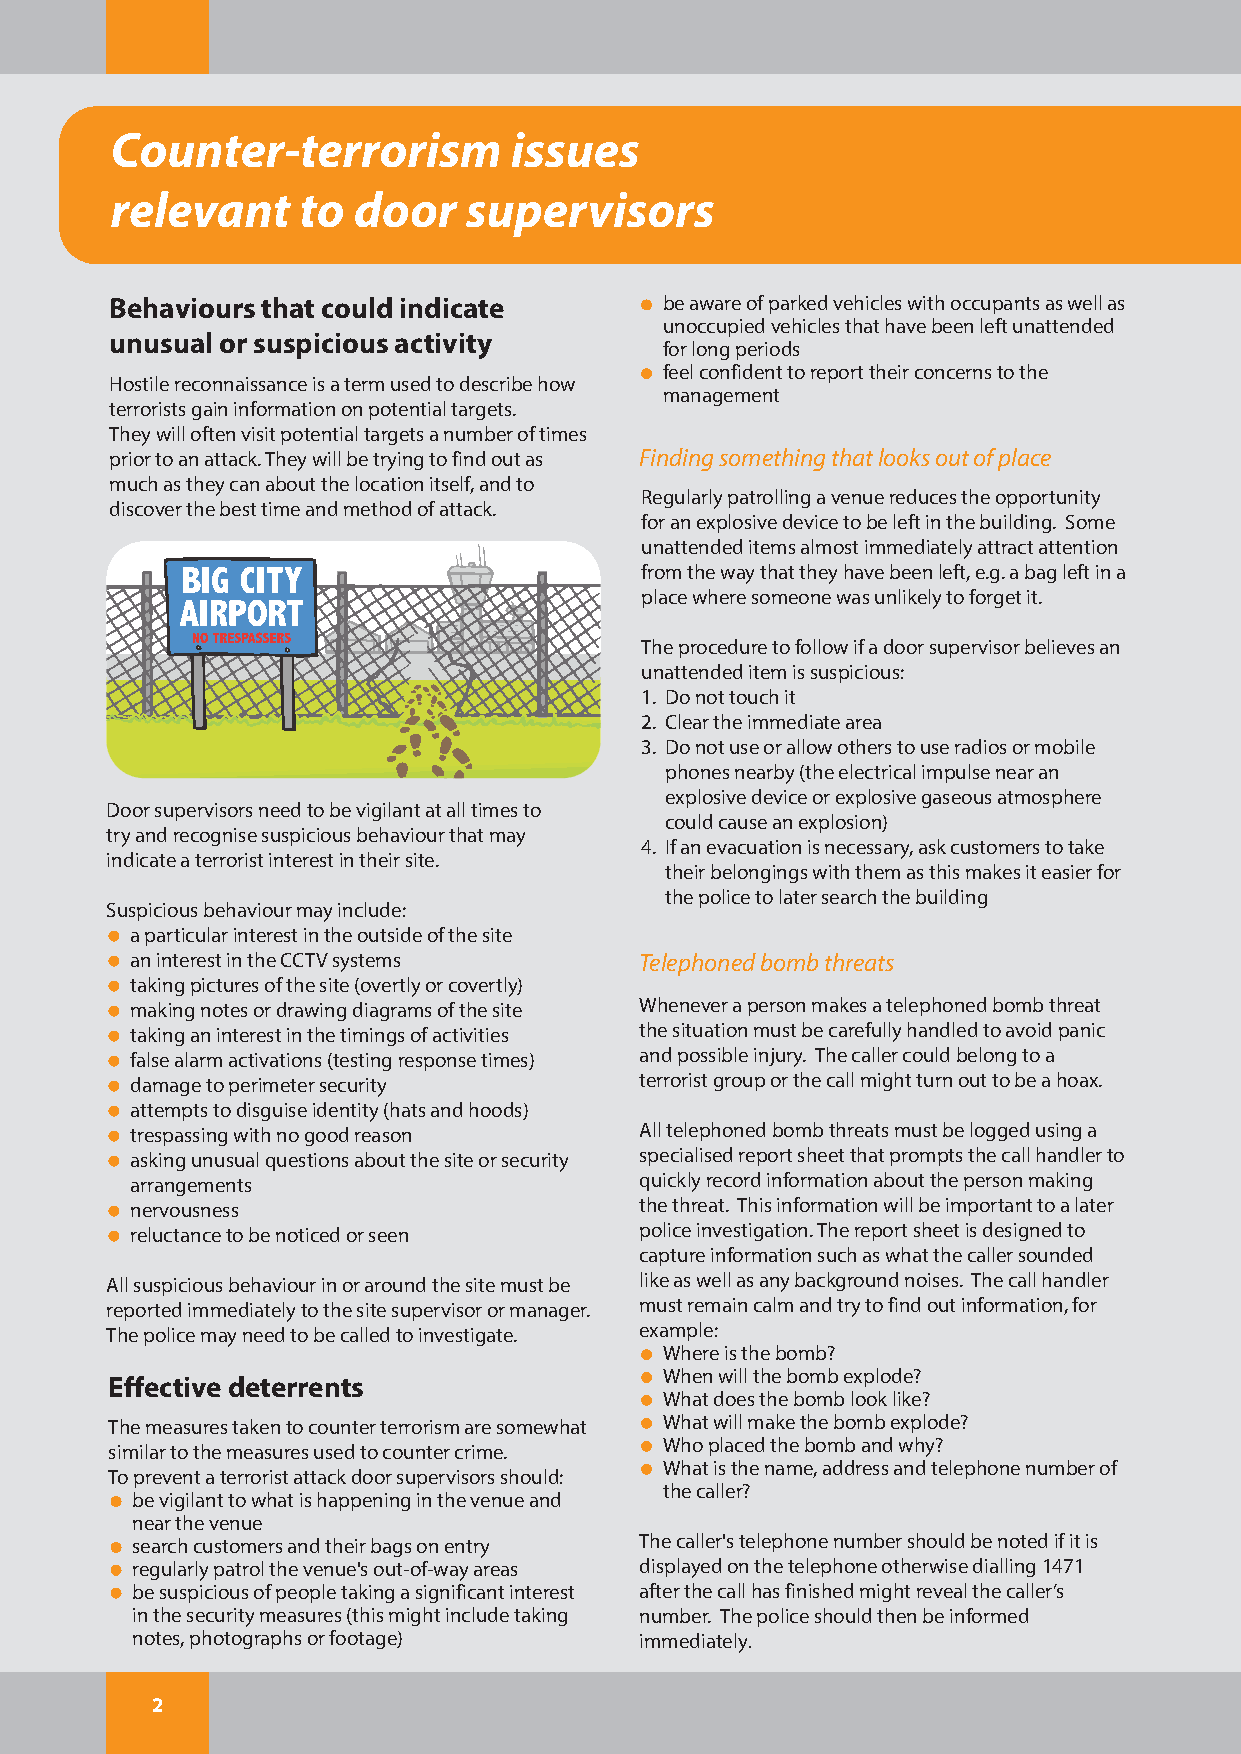
Counter-terrorism          issues
 relevant     to door    supervisors
 Behaviours that could indicate       be aware of parked vehicles with occupants as well as
 unoccupied vehicles that have been left unattended
 unusual or suspicious activity
 for long periods
 feel confident to report their concerns to the
 Hostile reconnaissance is a term used to describe how
 management
 terrorists gain information on potential targets.
 They will often visit potential targets a number of times
 prior to an attack. They will be trying to find out as Finding something that looks out of place
 much as they can about the location itself, and to
 Regularly patrolling a venue reduces the opportunity
 discover the best time and method of attack.
 for an explosive device to be left in the building. Some
 unattended items almost immediately attract attention
 from the way that they have been left, e.g. a bag left in a
 place where someone was unlikely to forget it.
 The procedure to follow if a door supervisor believes an
 unattended item is suspicious:
 1. Do not touch it
 2. Clear the immediate area
 3. Do not use or allow others to use radios or mobile
 phones nearby (the electrical impulse near an
 explosive device or explosive gaseous atmosphere
 Door supervisors need to be vigilant at all times to
 could cause an explosion)
 try and recognise suspicious behaviour that may
 4. If an evacuation is necessary, ask customers to take
 indicate a terrorist interest in their site.
 their belongings with them as this makes it easier for
 the police to later search the building
 Suspicious behaviour may include:
 a particular interest in the outside of the site
 an interest in the CCTV systems  Telephoned bomb threats
 taking pictures of the site (overtly or covertly)
 making notes or drawing diagrams of the site Whenever a person makes a telephoned bomb threat
 taking an interest in the timings of activities the situation must be carefully handled to avoid panic
 false alarm activations (testing response times) and possible injury. The caller could belong to a
 damage to perimeter security     terrorist group or the call might turn out to be a hoax.
 attempts to disguise identity (hats and hoods)
 trespassing with no good reason  All telephoned bomb threats must be logged using a
 asking unusual questions about the site or security specialised report sheet that prompts the call handler to
 arrangements                     quickly record information about the person making
 nervousness                      the threat. This information will be important to a later
 reluctance to be noticed or seen police investigation. The report sheet is designed to
 capture information such as what the caller sounded
 All suspicious behaviour in or around the site must be like as well as any background noises. The call handler
 reported immediately to the site supervisor or manager. must remain calm and try to find out information, for
 The police may need to be called to investigate. example:
 Where is the bomb?
 When will the bomb explode?
 Effective deterrents
 What does the bomb look like?
 The measures taken to counter terrorism are somewhat What will make the bomb explode?
 Who placed the bomb and why?
 similar to the measures used to counter crime.
 What is the name, address and telephone number of
 To prevent a terrorist attack door supervisors should:
 the caller?
 be vigilant to what is happening in the venue and
 near the venue
 search customers and their bags on entry The caller's telephone number should be noted if it is
 regularly patrol the venue's out-of-way areas displayed on the telephone otherwise dialling 1471
 be suspicious of people taking a significant interest after the call has finished might reveal the caller’s
 in the security measures (this might include taking number. The police should then be informed
 notes, photographs or footage)   immediately.
 2